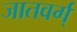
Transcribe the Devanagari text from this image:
जातवर्ग्